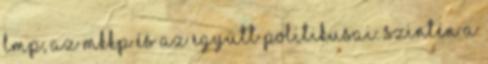
LMP, az MKKP és az Együtt politikusai. Szintén a